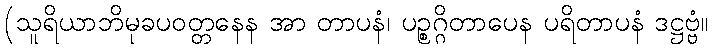
(သူရိယာဘိမုခပဝတ္တနေန အာ တာပနံ၊ ပဉ္စဂ္ဂိတာပေန ပရိတာပနံ ဒဋ္ဌဗ္ဗံ။